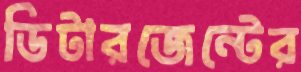
ডিটারজেন্টের